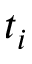
t _ { i }